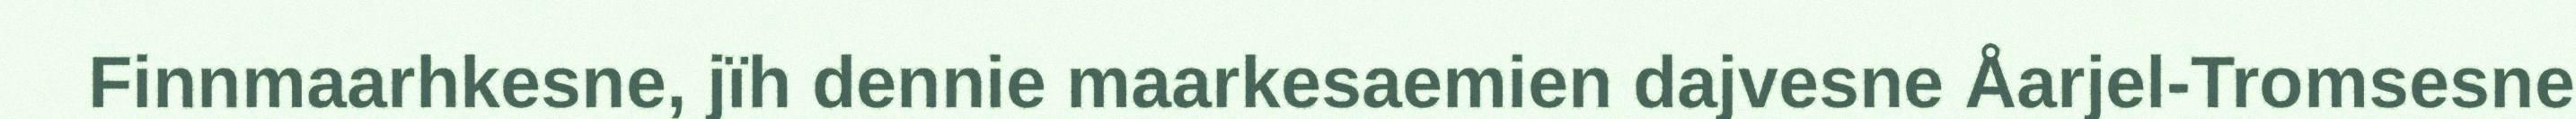
Finnmaarhkesne, jïh dennie maarkesaemien dajvesne Åarjel-Tromsesne